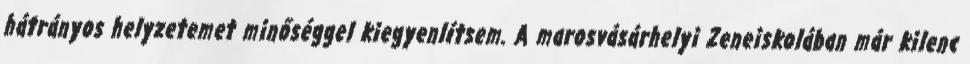
hátrányos helyzetemet minőséggel kiegyenlítsem. A marosvásárhelyi Zeneiskolában már kilenc